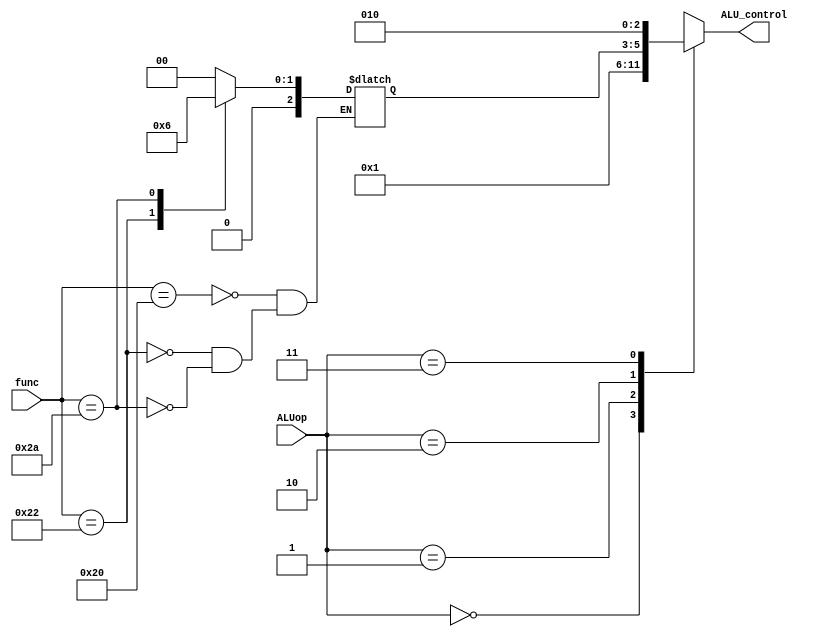
module ALU_controller(input[1:0]ALUop,input[5:0]func,output reg[2:0] ALU_control);
reg [2:0]funcOp;
always @(ALUop,funcOp) begin
    case(ALUop)
        2'b00:ALU_control=3'b000; //add
        2'b01:ALU_control=3'b001; //sub
        2'b10:ALU_control=funcOp; //R type
        2'b11:ALU_control=3'b010; //slt
    endcase
end
always @(func) begin
    case(func)
        6'h20:funcOp=3'b000; //add
        6'h22:funcOp=3'b001; //sub
        6'h2a:funcOp=3'b010; //slt
    endcase
end
endmodule